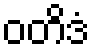
ဝတိဒံ